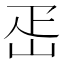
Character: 𡶕